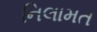
નિલામત